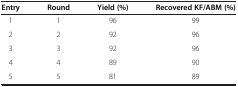
| Entry | Round | Yield (%) | Recovered KF/ABM (%) |
 | --- | --- | --- | --- |
 | 1 | 1 | 96 | 99 |
 | 2 | 2 | 92 | 96 |
 | 3 | 3 | 92 | 96 |
 | 4 | 4 | 89 | 90 |
 | 5 | 5 | 81 | 89 |